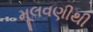
મૂલવણીથી